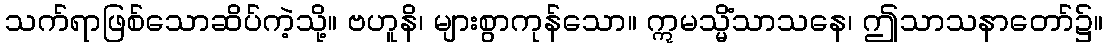
သက်ရာဖြစ်သောဆိပ်ကဲ့သို့။ ဗဟူနိ၊ များစွာကုန်သော။ ဣမသ္မိံသာသနေ၊ ဤသာသနာတော်၌။